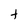
Character: t